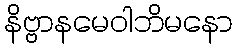
နိဗ္ဗာနမေဝါဘိမနော